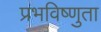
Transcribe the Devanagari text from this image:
प्रभविष्णुता